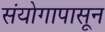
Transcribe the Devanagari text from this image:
संयोगापासून